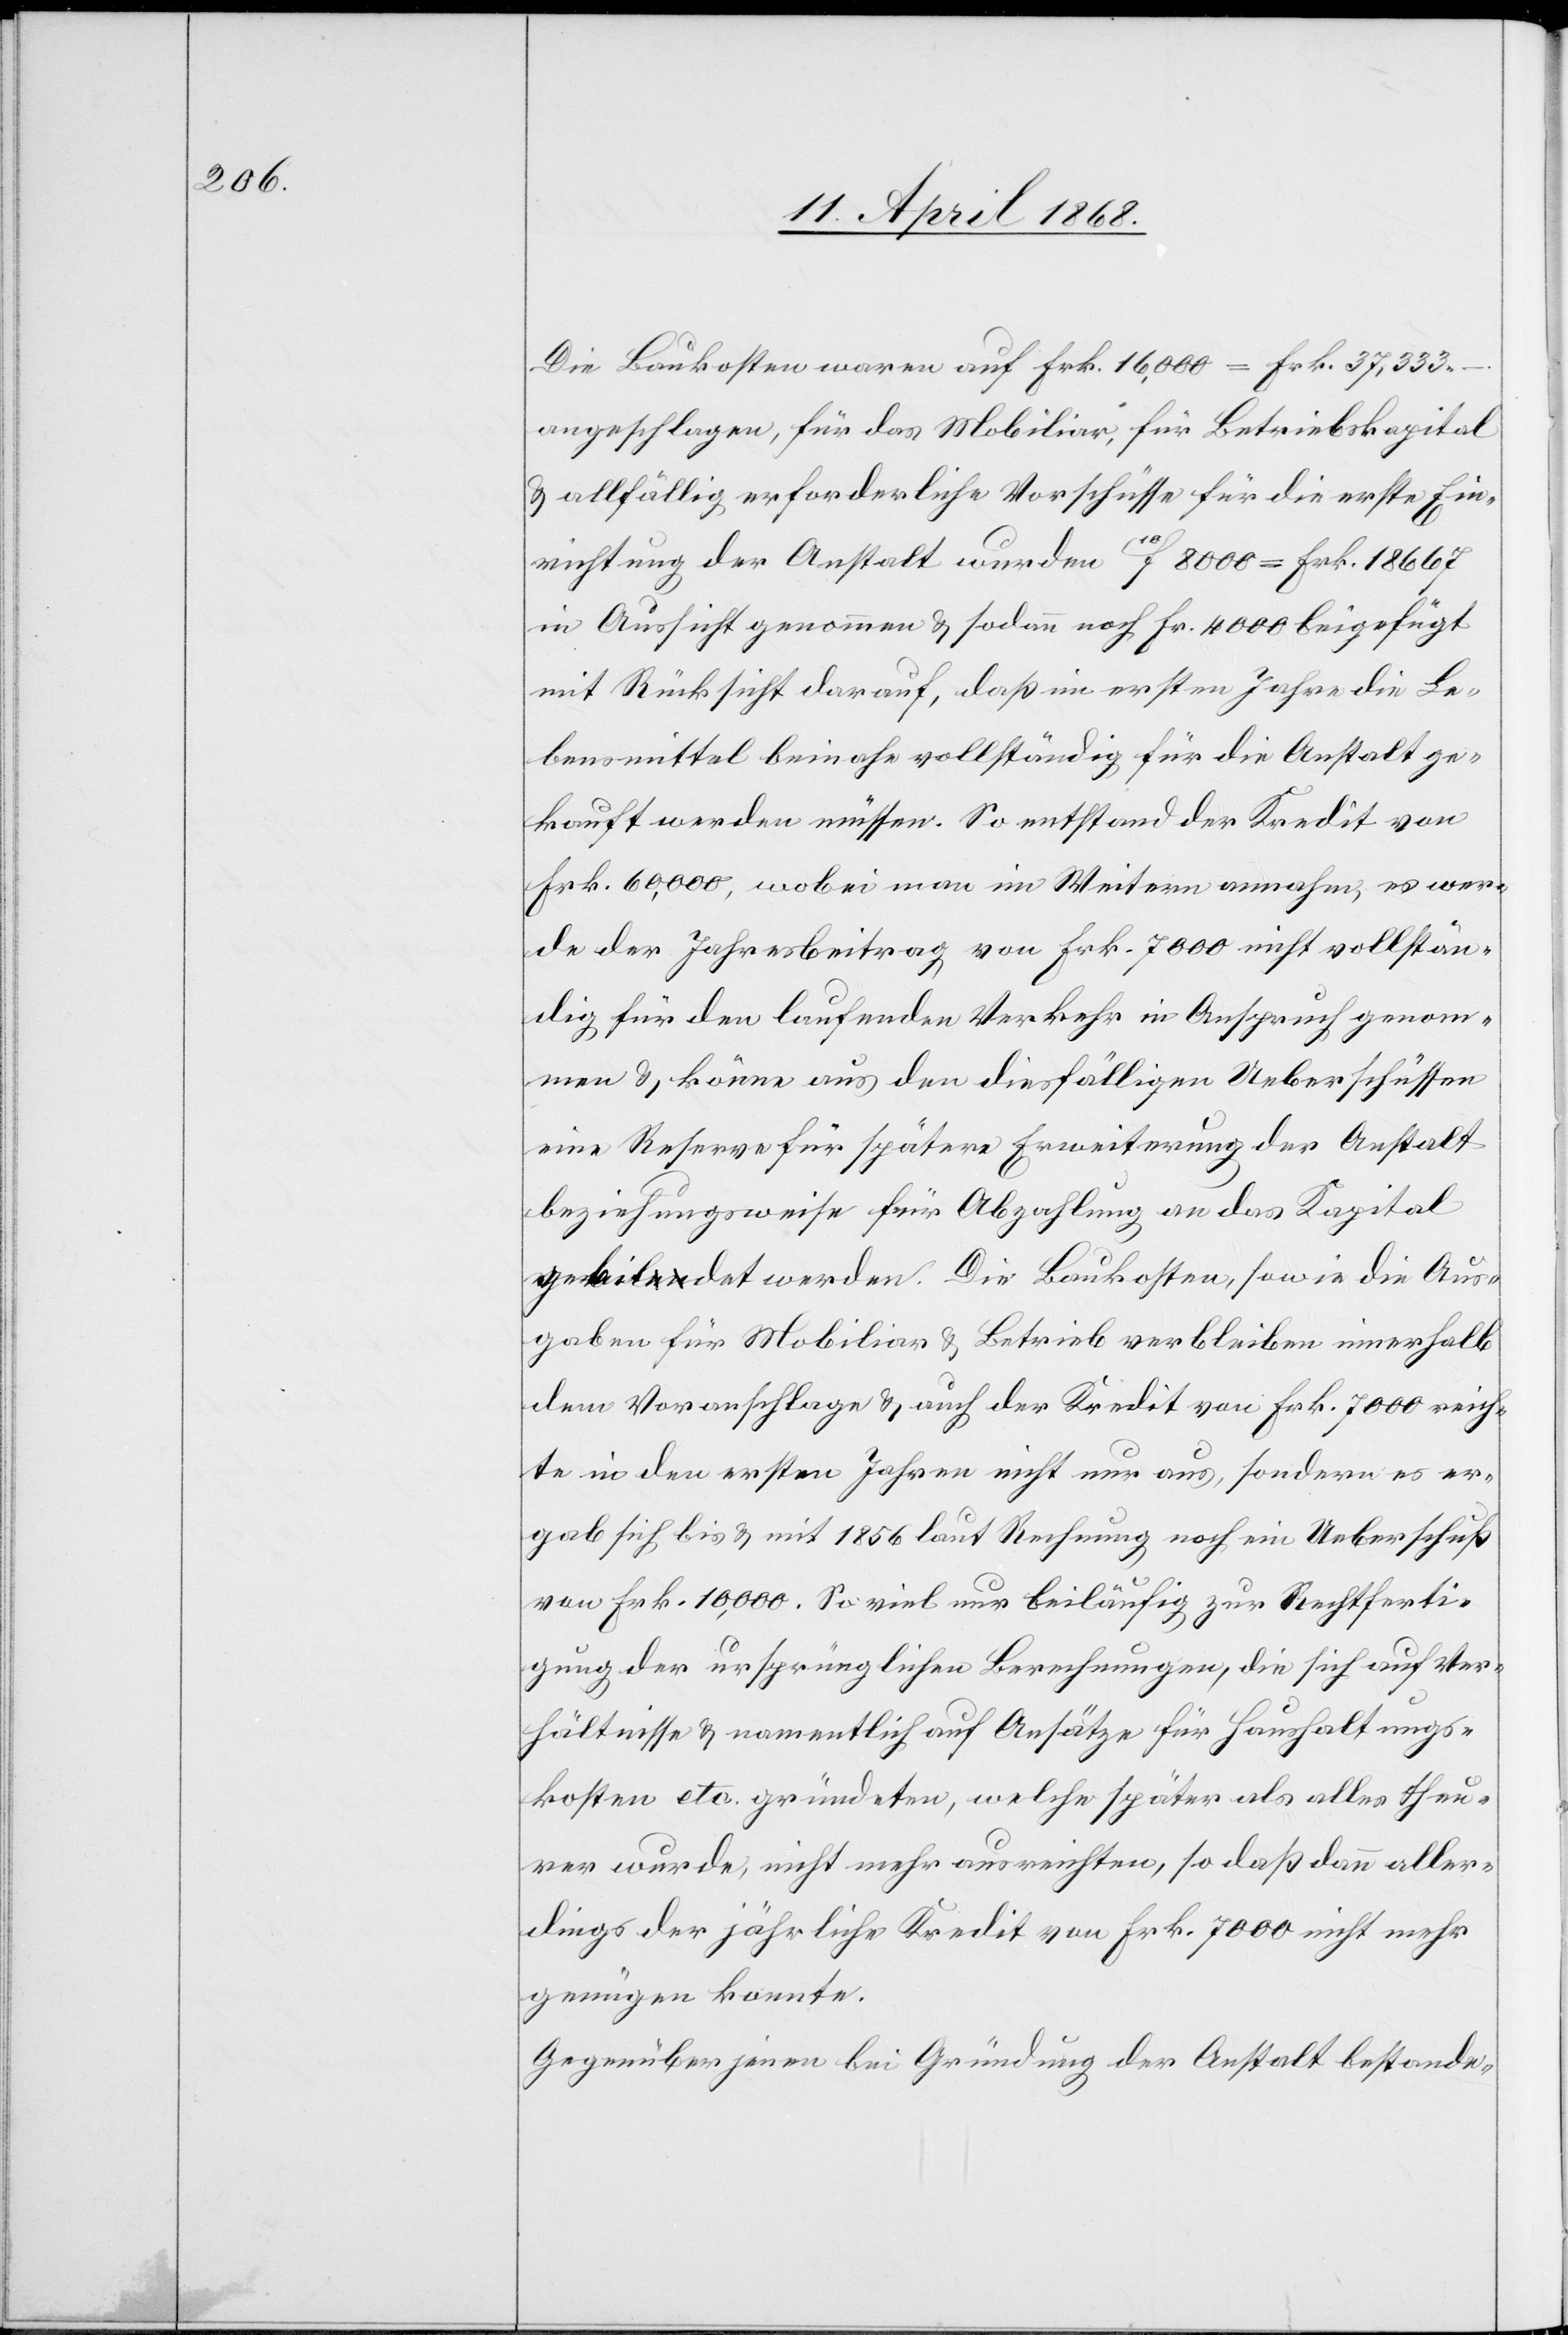
Die Baukosten waren auf Frk. 16,000 = Frk. 37,333.–.
angeschlagen, für das Mobiliar, für Betriebskapital
& allfällig erforderliche Vorschüsse für die erste Ein¬
richtung der Anstalt wurden 10f 8000 = Frk. 18 667
in Aussicht genommen & sodann noch Fr. 4000 beigefügt
mit Rücksicht darauf, daß im ersten Jahre die Le¬
bensmittel beinahe vollständig für die Anstalt ge¬
kauft werden müssen. So entstand der Kredit von
Frk. 60,000, wobei man im Weitern annahm, es wer¬
de der Jahresbeitrag von Frk. 7000 nicht vollstän¬
dig für den laufenden Verkehr in Anspruch genom¬
men & könne aus den diesfälligen Ueberschüssen
eine Reserve für spätere Erweiterung der Anstalt
beziehungsweise für Abzahlung an das Kapital
gebildet werden. Die Baukosten, sowie die Aus¬
gaben für Mobiliar & Betrieb verbleiben innerhalb
dem Voranschlage & auch der Kredit von Frk. 7000 reich¬
te in den ersten Jahren nicht nur aus, sondern es er¬
gab sich bis & mit 1856 laut Rechnung noch ein Ueberschuß
von Frk. 10,000. So viel nur beiläufig zur Rechtferti¬
gung der ursprünglichen Berechnungen, die sich auf Ver¬
hältnisse & namentlich auf Ansätze für Haushaltungs¬
kosten etc. gründeten, welche später als alles theu¬
rer wurde, nicht mehr ausreichten, so daß dann aller¬
dings der jährliche Kredit von Frk. 7000 nicht mehr
genügen konnte.
Gegenüber jenen bei Gründung der Anstalt bestande-